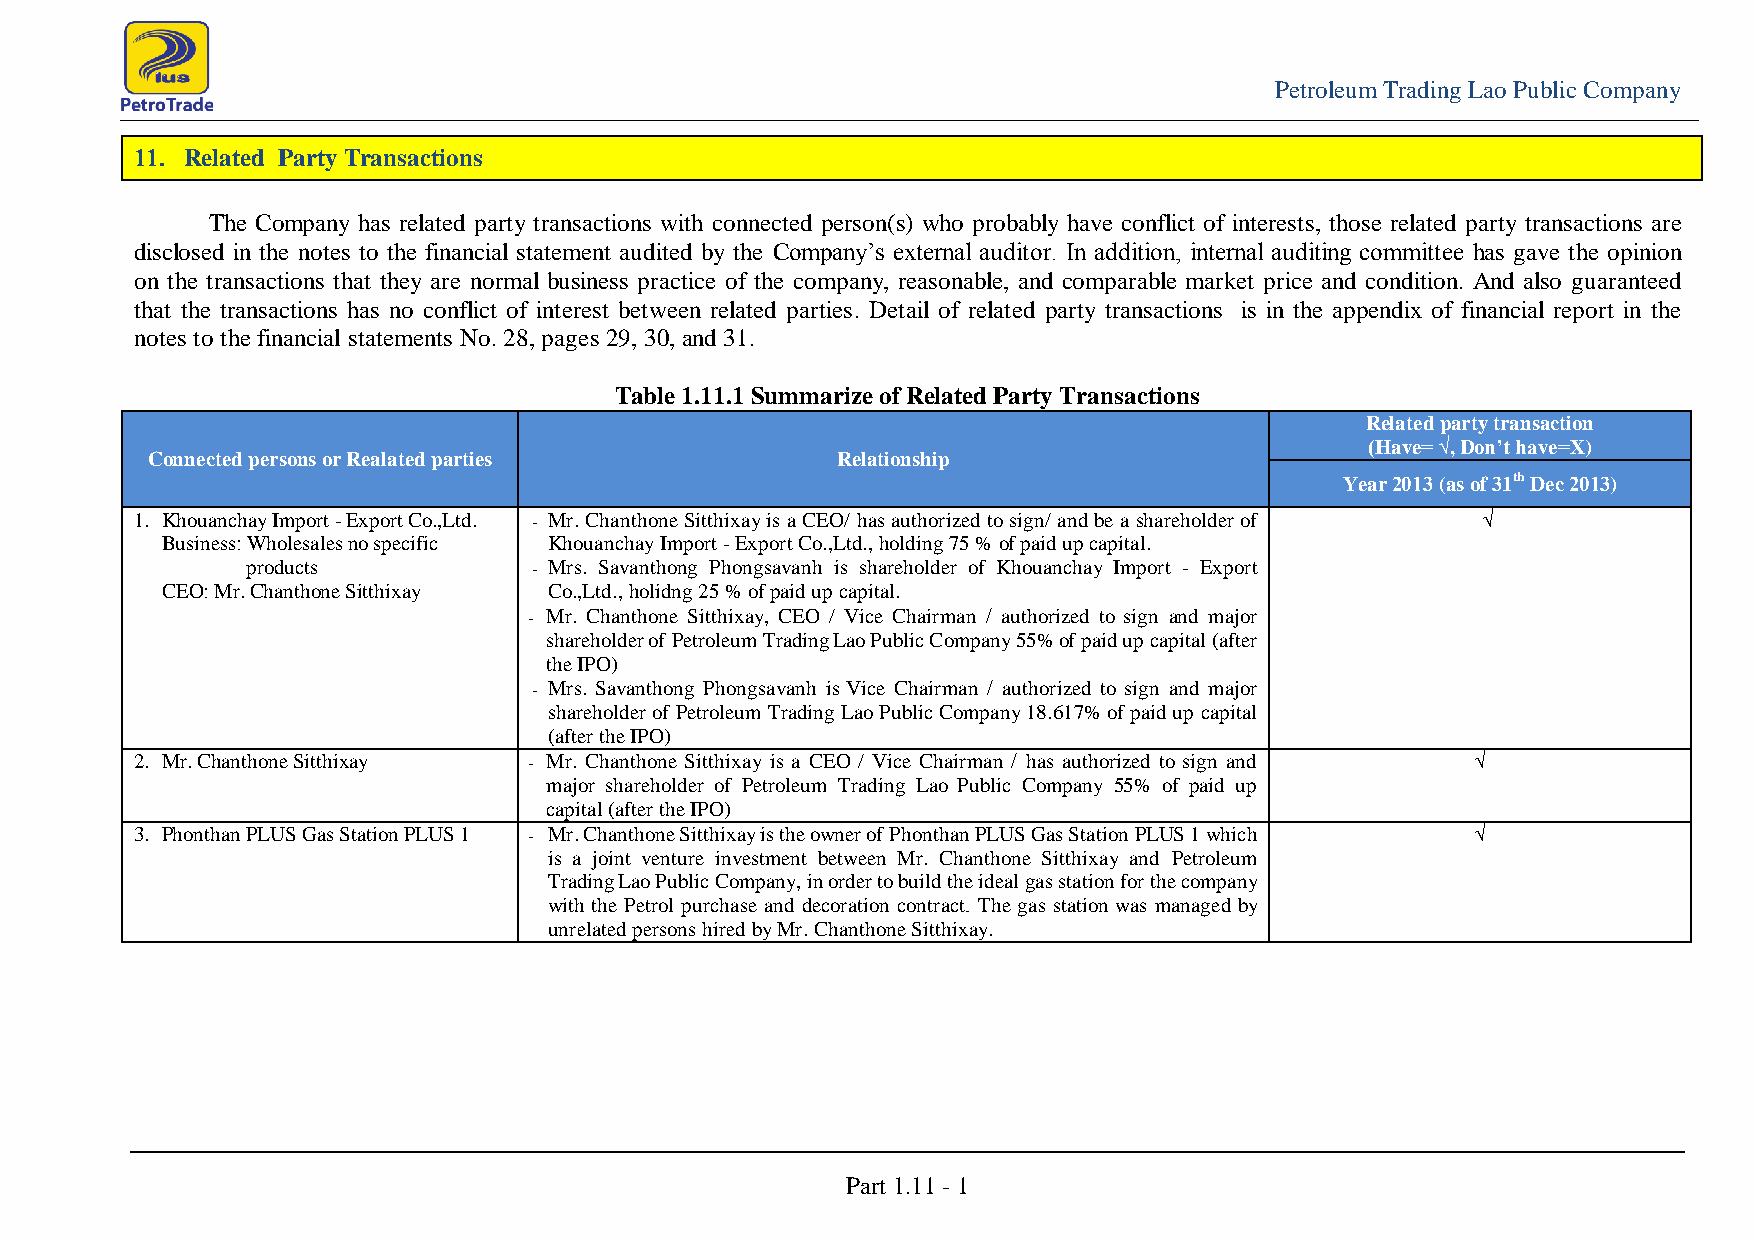
Petroleum Trading Lao Public Company
 11. Related Party Transactions
 The Company has related party transactions with connected person(s) who probably have conflict of interests, those related party transactions are
 disclosed in the notes to the financial statement audited by the Company’s external auditor. In addition, internal auditing committee has gave the opinion
 on the transactions that they are normal business practice of the company, reasonable, and comparable market price and condition. And also guaranteed
 that the transactions has no conflict of interest between related parties. Detail of related party transactions is in the appendix of financial report in the
 notes to the financial statements No. 28, pages 29, 30, and 31.
 Table 1.11.1 Summarize of Related Party Transactions
 Related party transaction
 (Have= √, Don’t have=X)
 Connected persons or Realated parties        Relationship
 Year 2013 (as of 31th Dec 2013)
 1. Khouanchay Import - Export Co.,Ltd. - Mr. Chanthone Sitthixay is a CEO/ has authorized to sign/ and be a shareholder of √
 Business: Wholesales no specific Khouanchay Import - Export Co.,Ltd., holding 75 % of paid up capital.
 products           - Mrs. Savanthong Phongsavanh is shareholder of Khouanchay Import - Export
 CEO: Mr. Chanthone Sitthixay Co.,Ltd., holidng 25 % of paid up capital.
 - Mr. Chanthone Sitthixay, CEO / Vice Chairman / authorized to sign and major
 shareholder of Petroleum Trading Lao Public Company 55% of paid up capital (after
 the IPO)
 - Mrs. Savanthong Phongsavanh is Vice Chairman / authorized to sign and major
 shareholder of Petroleum Trading Lao Public Company 18.617% of paid up capital
 (after the IPO)
 2. Mr. Chanthone Sitthixay - Mr. Chanthone Sitthixay is a CEO / Vice Chairman / has authorized to sign and √
 major shareholder of Petroleum Trading Lao Public Company 55% of paid up
 capital (after the IPO)
 3. Phonthan PLUS Gas Station PLUS 1 - Mr. Chanthone Sitthixay is the owner of Phonthan PLUS Gas Station PLUS 1 which √
 is a joint venture investment between Mr. Chanthone Sitthixay and Petroleum
 Trading Lao Public Company, in order to build the ideal gas station for the company
 with the Petrol purchase and decoration contract. The gas station was managed by
 unrelated persons hired by Mr. Chanthone Sitthixay.
 Part 1.11 - 1